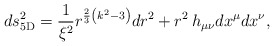
\begin{align*}ds_{\rm 5D}^2={1\over \xi^2}r^{{2\over 3}\left(k^2-3\right)}dr^2+r^2\,h_{\mu\nu}dx^{\mu}dx^{\nu},\end{align*}